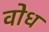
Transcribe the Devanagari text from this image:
वोध